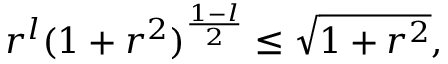
r ^ { l } ( 1 + r ^ { 2 } ) ^ { { \frac { 1 - l } { 2 } } } \leq \sqrt { 1 + r ^ { 2 } } ,